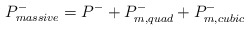
\begin{align*}P_{massive}^{-} =P^- + P_{m,quad}^- + P_{m,cubic}^{-}\end{align*}